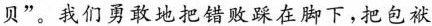
贝”。我们勇敢地把错败踩在脚下，把包袱